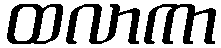
ထလာကာ